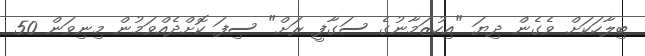
ބިލާހަކަށް ވެގެން ދިޔަ "އިހުޒަމާނުގެ ސަގާފީ ރަށް" ސިފަ ކޮށްދެއްވަމުން މިނިވަން 50